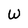
Character: W